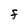
Character: F